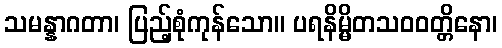
သမန္နာဂတာ၊ ပြည့်စုံကုန်သော။ ပရနိမ္မိတသဝဝတ္တိနော၊